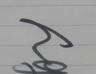
Signature authenticity: genuine